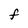
Character: F